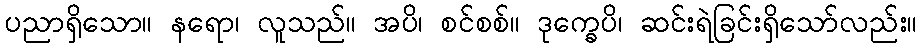
ပညာရှိသော။ နရော၊ လူသည်။ အပိ၊ စင်စစ်။ ဒုက္ခေပိ၊ ဆင်းရဲခြင်းရှိသော်လည်း။